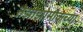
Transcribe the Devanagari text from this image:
तेझोझोमोकच्या